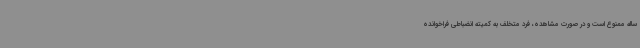
ساله ممنوع است و در صورت مشاهده، فرد متخلف به کمیته انضباطی فراخوانده